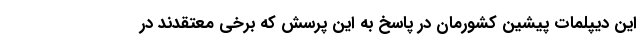
این دیپلمات پیشین کشورمان در پاسخ به این پرسش که برخی معتقدند در